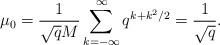
LaTeX: \begin{align*}\mu_0=\frac{1}{\sqrt{q}M}\sum^{\infty}_{k=-\infty}q^{k+k^2/2}=\frac{1}{\sqrt{q}}.\end{align*}